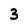
Character: 3